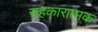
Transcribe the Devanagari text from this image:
सहकारात्मक